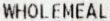
WHOLEMEAL